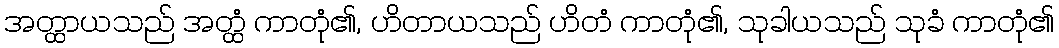
အတ္ထာယသည် အတ္ထံ ကာတုံ၏, ဟိတာယသည် ဟိတံ ကာတုံ၏, သုခါယသည် သုခံ ကာတုံ၏